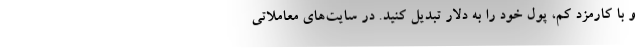
و با کارمزد کم، پول خود را به دلار تبدیل کنید. در سایت‌های معاملاتی